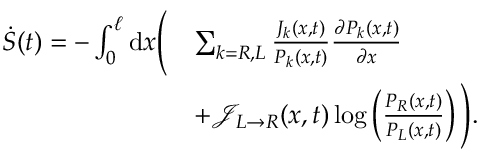
\begin{array} { r l } { \dot { S } ( t ) = - \int _ { 0 } ^ { \ell } \mathrm { d } x \Bigg ( } & { \sum _ { k = R , L } \frac { J _ { k } ( x , t ) } { P _ { k } ( x , t ) } \frac { \partial P _ { k } ( x , t ) } { \partial x } } \\ & { + \mathcal { J } _ { L \rightarrow R } ( x , t ) \log \left( \frac { P _ { R } ( x , t ) } { P _ { L } ( x , t ) } \right) \Bigg ) . } \end{array}